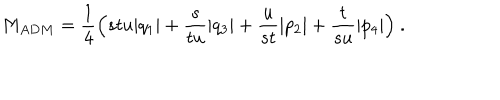
LaTeX: M _ { A D M } = { \frac { 1 } { 4 } } \Bigl ( s t u | q _ { 1 } | + { \frac { s } { t u } } | q _ { 3 } | + { \frac { u } { s t } } | p _ { 2 } | + { \frac { t } { s u } } | p _ { 4 } | \Bigr ) \ .